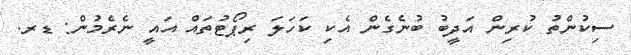
ސިކުންތު ކުރިން އަދީބު ބުނެގެން އެކި ކަހަލަ ރިޕޯޓުތައް އައީ ނެރެމުން: ޑރ.